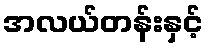
အလယ်တန်းနှင့်